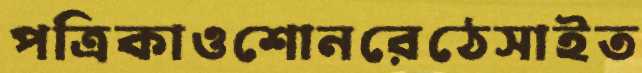
পত্রিকাওশোনরেঠেসাইত